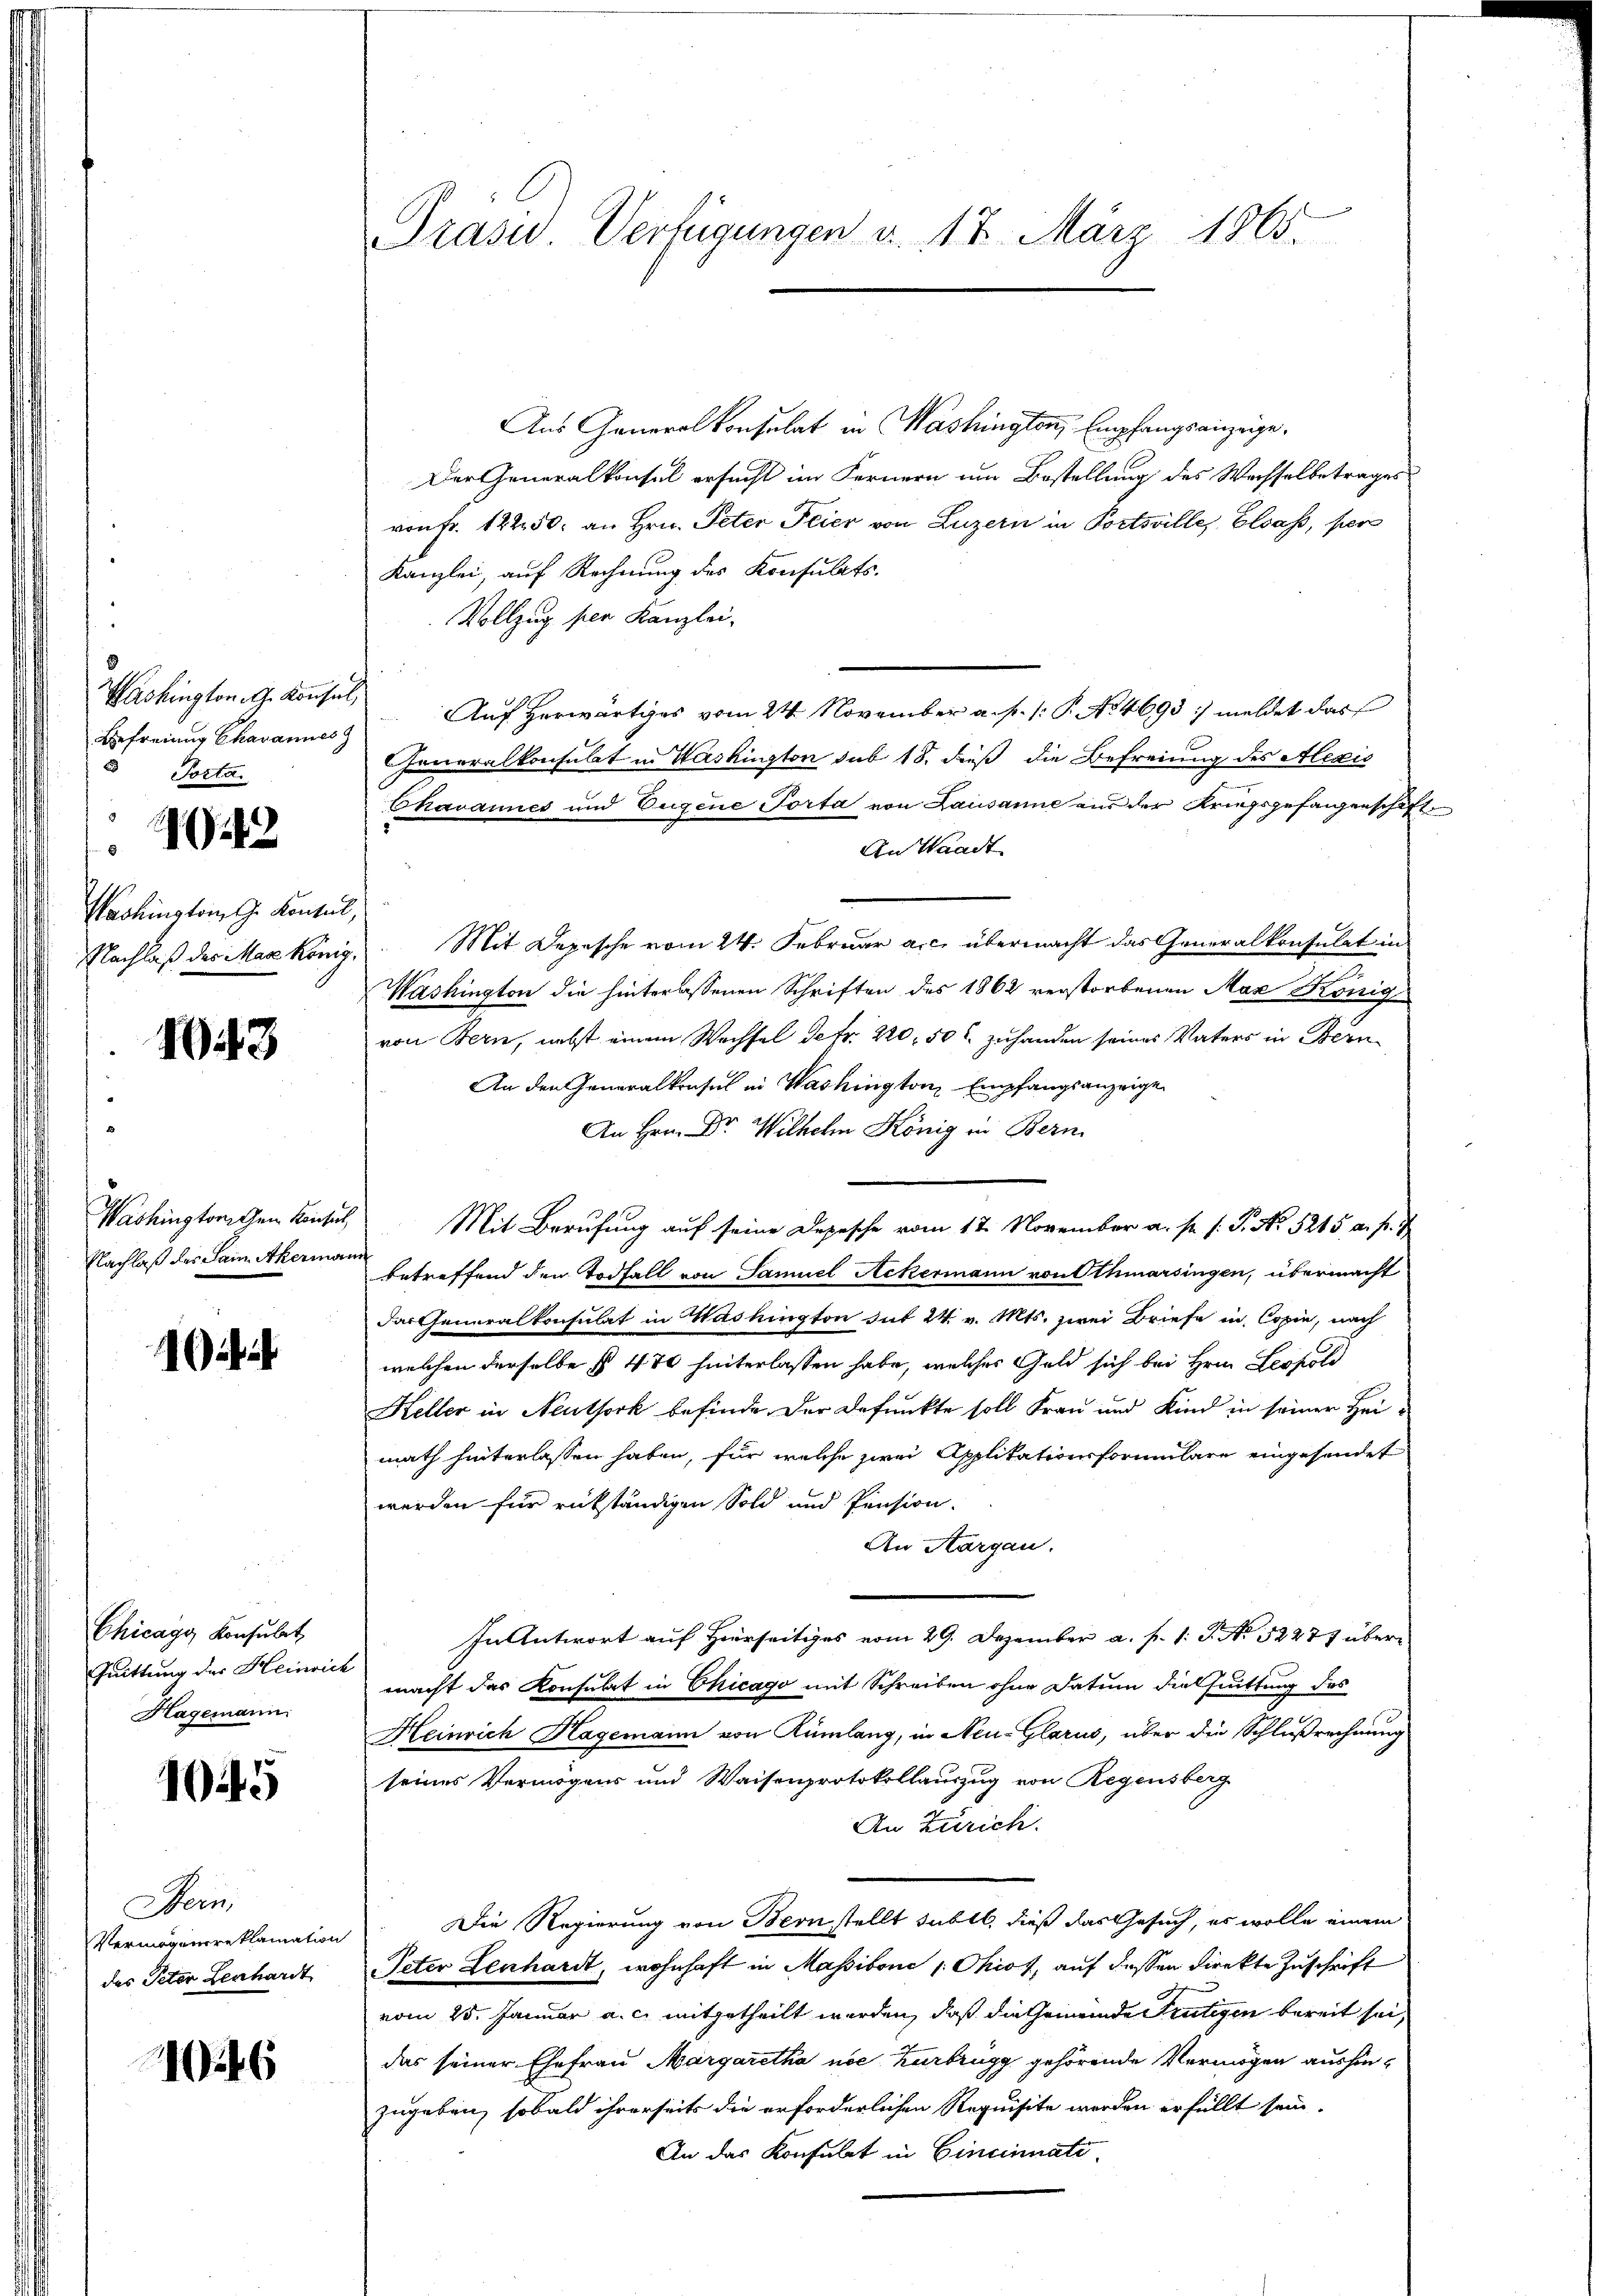
Washington G. Konsul,
Befreiung Charannes
 Porta.

4042

Washington G. Konsul,
Nachlaß des Man könig.

1043

Washingtorischen Konsul,
Nachlaß des Sain. Akerman

Chicago Konsulat
Quittung der Heinrich
Hagemann

1045

Bern,
Vermögensreklamation
das Peter Lenhardt

16

Prasid. Verfügungen v. 18. März 1865.

Aus Generalkonsulat in Washington, Empfangsanzeige,
Der Generalkonsul ersucht im Fernern um Bestellung des Wachselbetrages
von Fr. 12250. an Hrn. Peter Feier von Luzern in Portsville, Elsass, per
Kanzlei, auf Rechnung des Konsulats.
Vollzug per Kanzlei,
Auf herwärtiges vom 24. November a. f. 1: P. No. 4693 :/ meldet das
Cheneralkonsulat in Washington sub 18. dieß die Befreiung des Alexis
Chavannes und Eugene Porta von Lausanne aus der Kriegsgefangenschäft
An Waadt
Mit Depesche vom 24. Februar a.c. übermacht das Generalkonsulat in
Washington die hinterlassenen Schriften des 1862 verstorbenen Max König
von Bern, nebst einem Wechsel de fr. 220, 50 l. zuhanden seines Vaters in Bern
An den Generalkonsul in Washington Empfangsanzeige
An Hrn. Dr. Wilhelm König in Bern
Mit Berufung auf seine Depesche vom 17. November a. p. 1. P. Nr. 5215 a. f. 1
betreffend den Todfall von Samuel Ackermann von Othmarsingen, übermacht
Das Generalkonsulat in Mashington sit 24. v. Mts. zwei Briefe in Copie, nach
welchen derselbe § 47 hinterlassen habe, welches Geld sich bei Hrn. Leopold
Heller in Neuthork befinde. Der defunkte soll Frau und Kind in seiner Heimath hinterlassen haben, für welche zwei Applikationsformulare eingesendet
werden für rükständigen Sold und Pension.
An Aargau.
In Antwort auf Hierseitiges vom 29. Dezember a. p. 1. J. No 52277 übermacht das Konsulat in Chicago mit Schreiben ohne Datum diessuittung des
Heinrich Hagemann von Rümlang, in Neu-Glarus, über die Schlußrechnung
seines Vermögens und Waisenprotokollauszug von Regensberg
An Zürich.
Die Regierung von Bern stellt subll, dieß das Gesuch, es wolle einem
Peter Lenhardt, wohnhaft in Massivone / Ohiot, auf dessen direkte Zuschrift
vom 25. Januar a. c. mitgetheilt werden, daß die Gemeinde Frutigen bereit sei,
das seiner Ehefrau Margaretha nie Zurbrugg gehörende Vermögen aushinzugeben, sobald ihrerseits die erforderlichen Requisite werden erfüllt sein.
An das Konsulat in Cincinnate